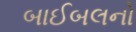
બાઈબલનો